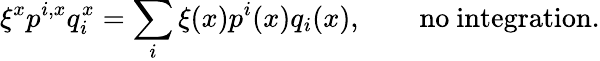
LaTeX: \xi^{x}p^{i,x}q_{i}^{x}=\sum_{i}\xi(x)p^{i}(x)q_{i}(x),\qquad\mathrm{no~integration.}